65_HS1-834228961_62-HQ-83894_Section_2
Agency: FBI
Page 168
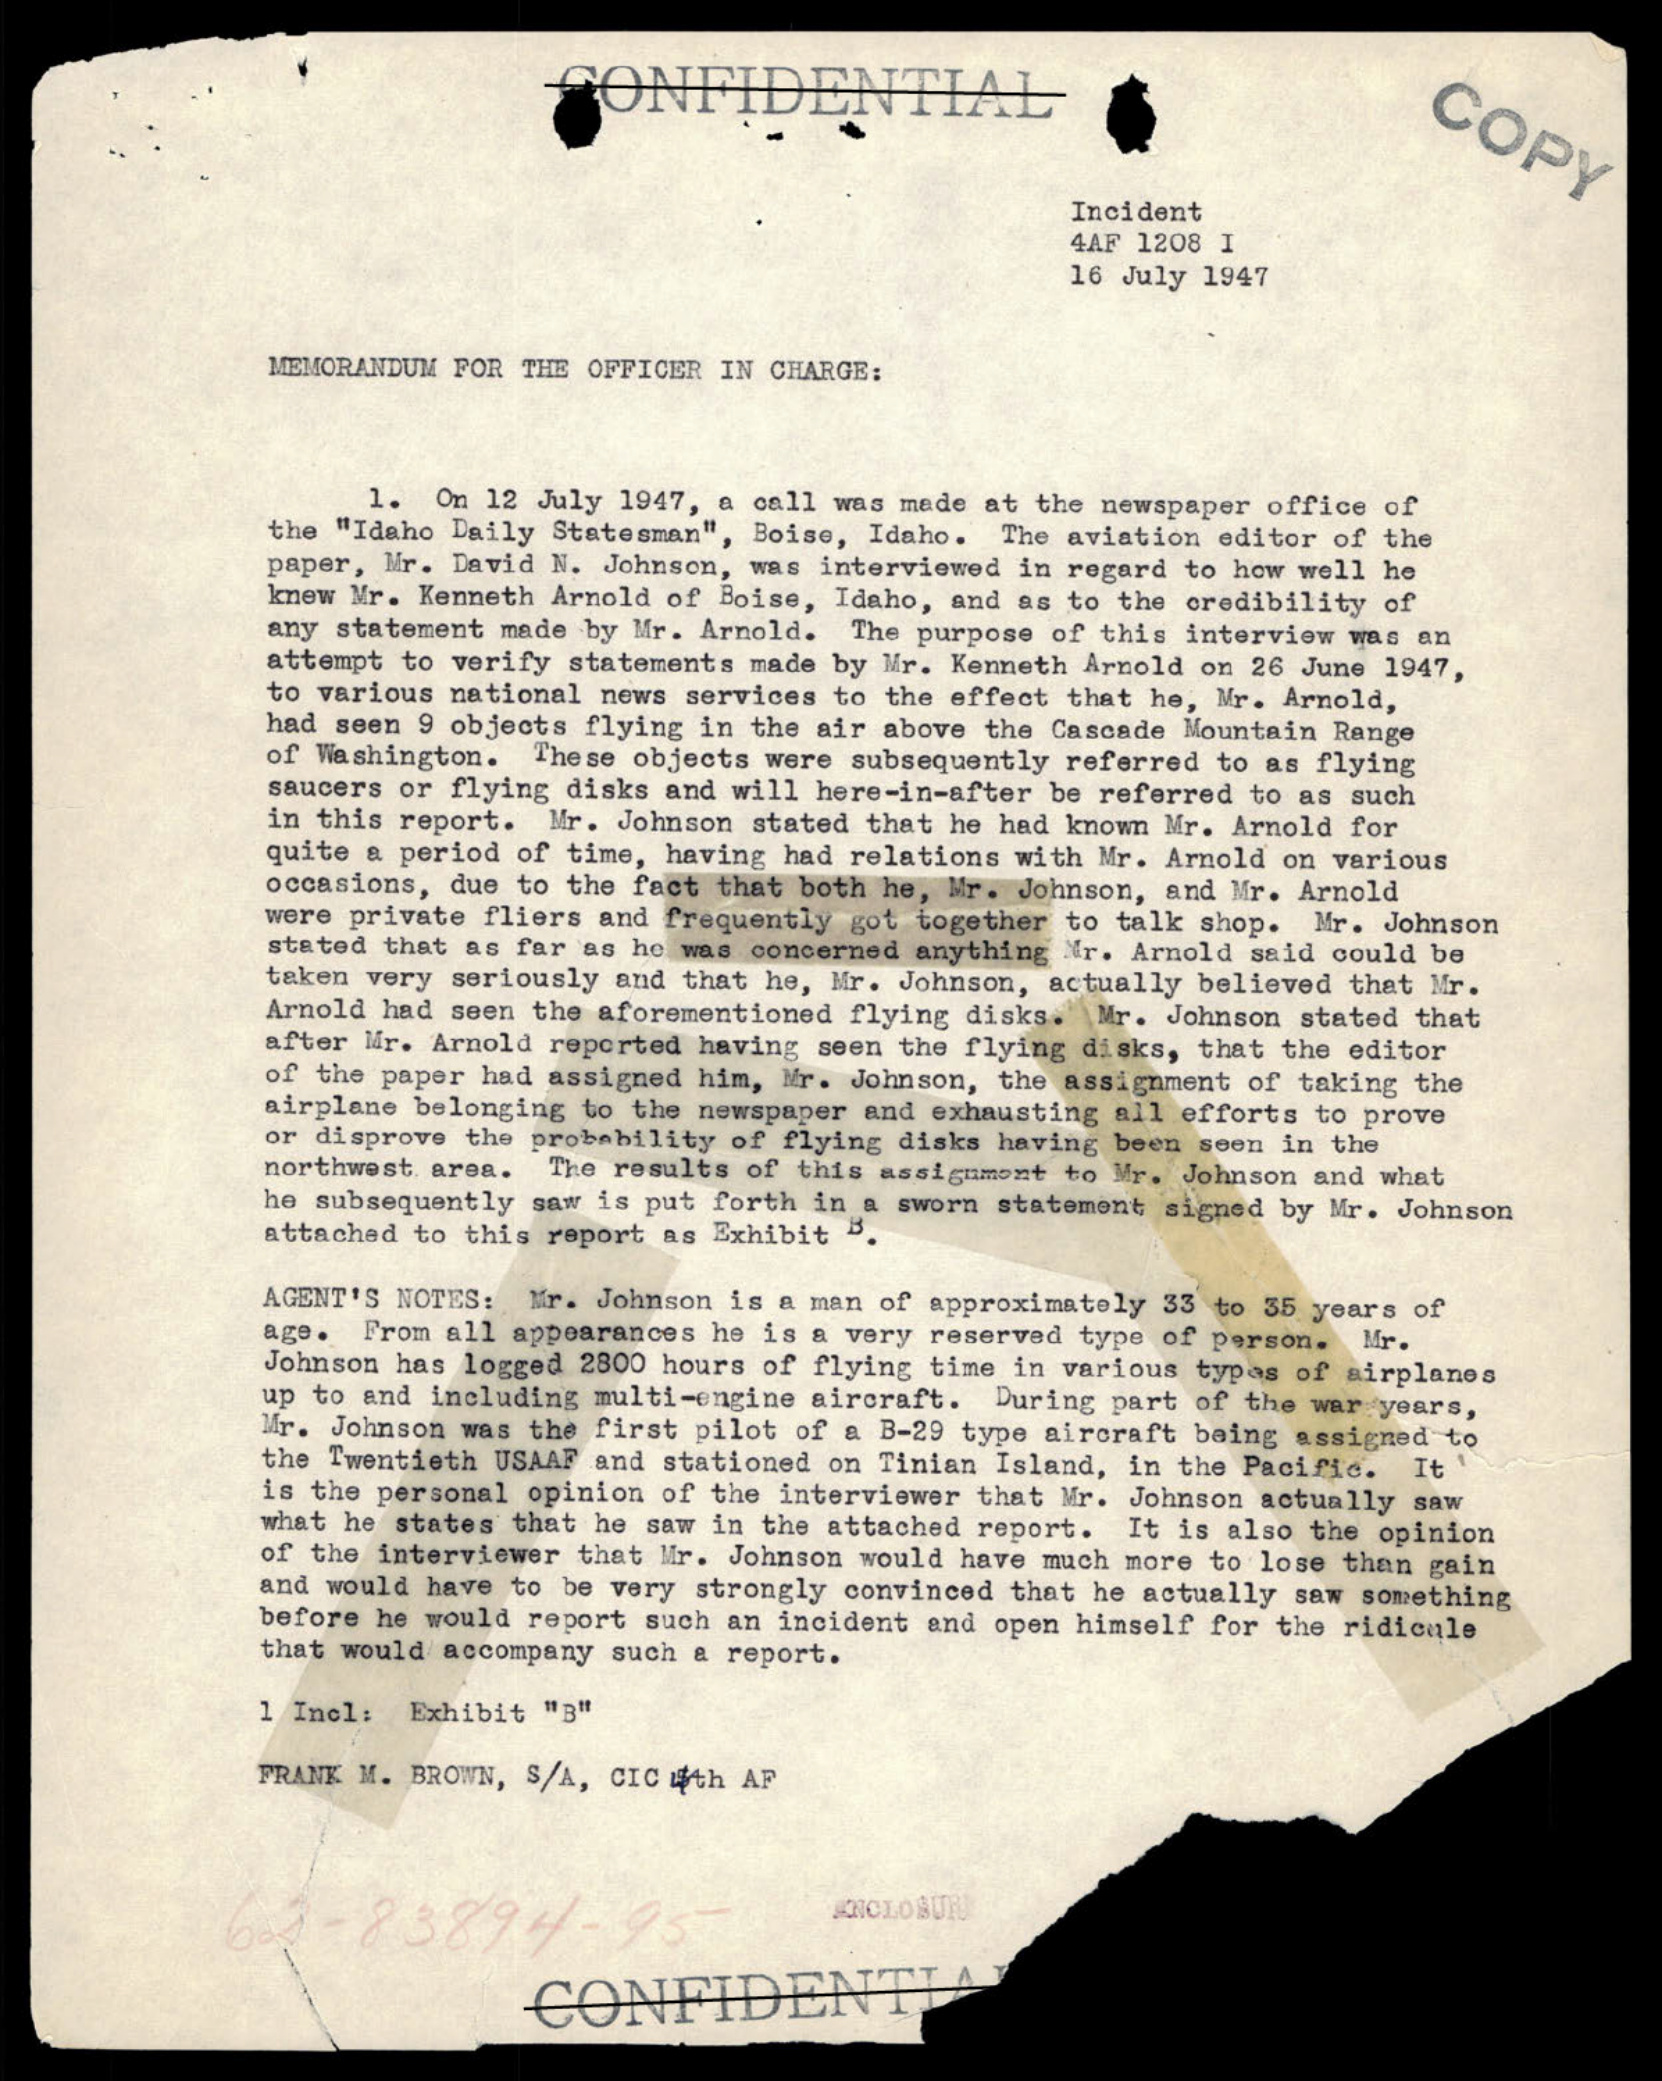